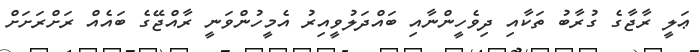
ޢަލީ ރާޖާގެ ގުރާބު ތަކާއި ދިވެހީންނާއި ބައްދަލުވީއިރު އެމީހުންވަނީ ރާއްޖޭގެ ބައެއް ރަށްރަށަށް